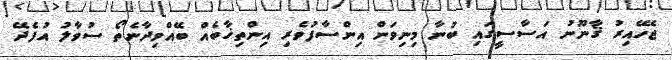
ޖެހޭއިރު ޤާނޫނު އަސާސީގައި ބުނާ މިނިވަން އިންސާފުވެރި އިންތިޚާބެއް ބޭއްވިދާނެތޯ ސުވާލު އުފެދޭ